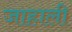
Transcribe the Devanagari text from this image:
जाहाली